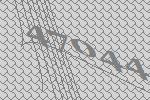
47044